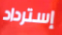
إسترداد